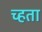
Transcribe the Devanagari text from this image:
च्हता